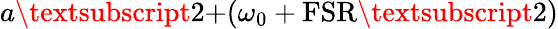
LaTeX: a\textsubscript{2+}(\omega_{0}+\textrm{FSR\textsubscript{2}})